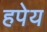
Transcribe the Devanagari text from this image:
हपेय